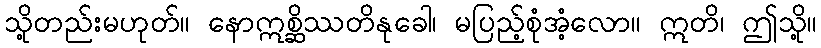
သို့တည်းမဟုတ်။ နောဣစ္ဆိဿတိနုခေါ၊ မပြည့်စုံအံ့လော။ ဣတိ၊ ဤသို့။